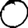
Digit: 0